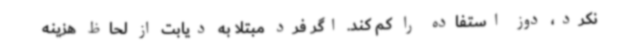
نکرد، دوز استفاده را کم کند. اگر فرد مبتلا به دیابت از لحاظ هزینه